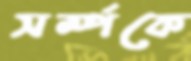
সর্ম্পকে